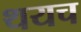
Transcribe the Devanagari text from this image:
थयच